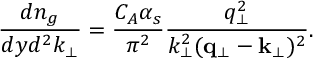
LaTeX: \frac { d n _ { g } } { d y d ^ { 2 } k _ { \perp } } = \frac { C _ { A } \alpha _ { s } } { \pi ^ { 2 } } \frac { q _ { \perp } ^ { 2 } } { k _ { \perp } ^ { 2 } ( { \bf q } _ { \perp } - { \bf k } _ { \perp } ) ^ { 2 } } .